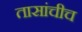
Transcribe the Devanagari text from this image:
तासांचीच